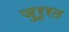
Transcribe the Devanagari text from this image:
ज़ुरूरत